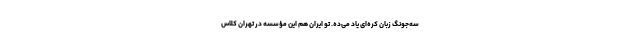
سه‌جونگ زبان کره‌ای یاد می‌ده. تو ایران هم این مؤسسه در تهران کلاس